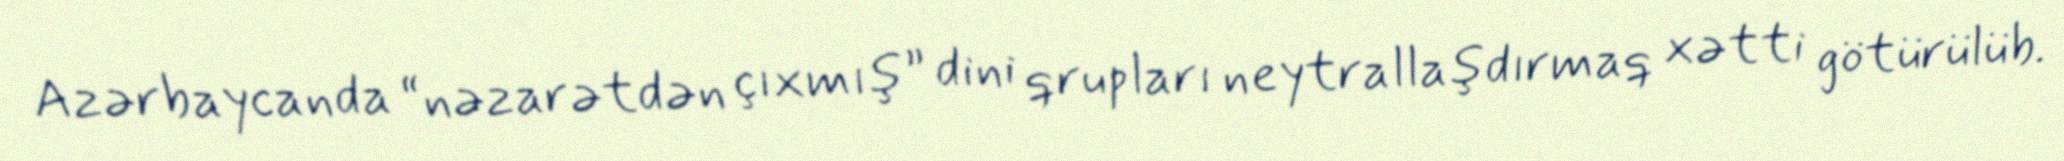
Azərbaycanda “nəzarətdən çıxmış” dini qrupları neytrallaşdırmaq xətti götürülüb.